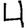
Digit: 4